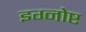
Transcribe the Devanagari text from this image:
इग्नोष्ट